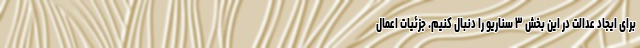
برای ایجاد عدالت در این بخش ۳ سناریو را دنبال کنیم. جزئیات اعمال